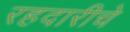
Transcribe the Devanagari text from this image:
रहदारीचे